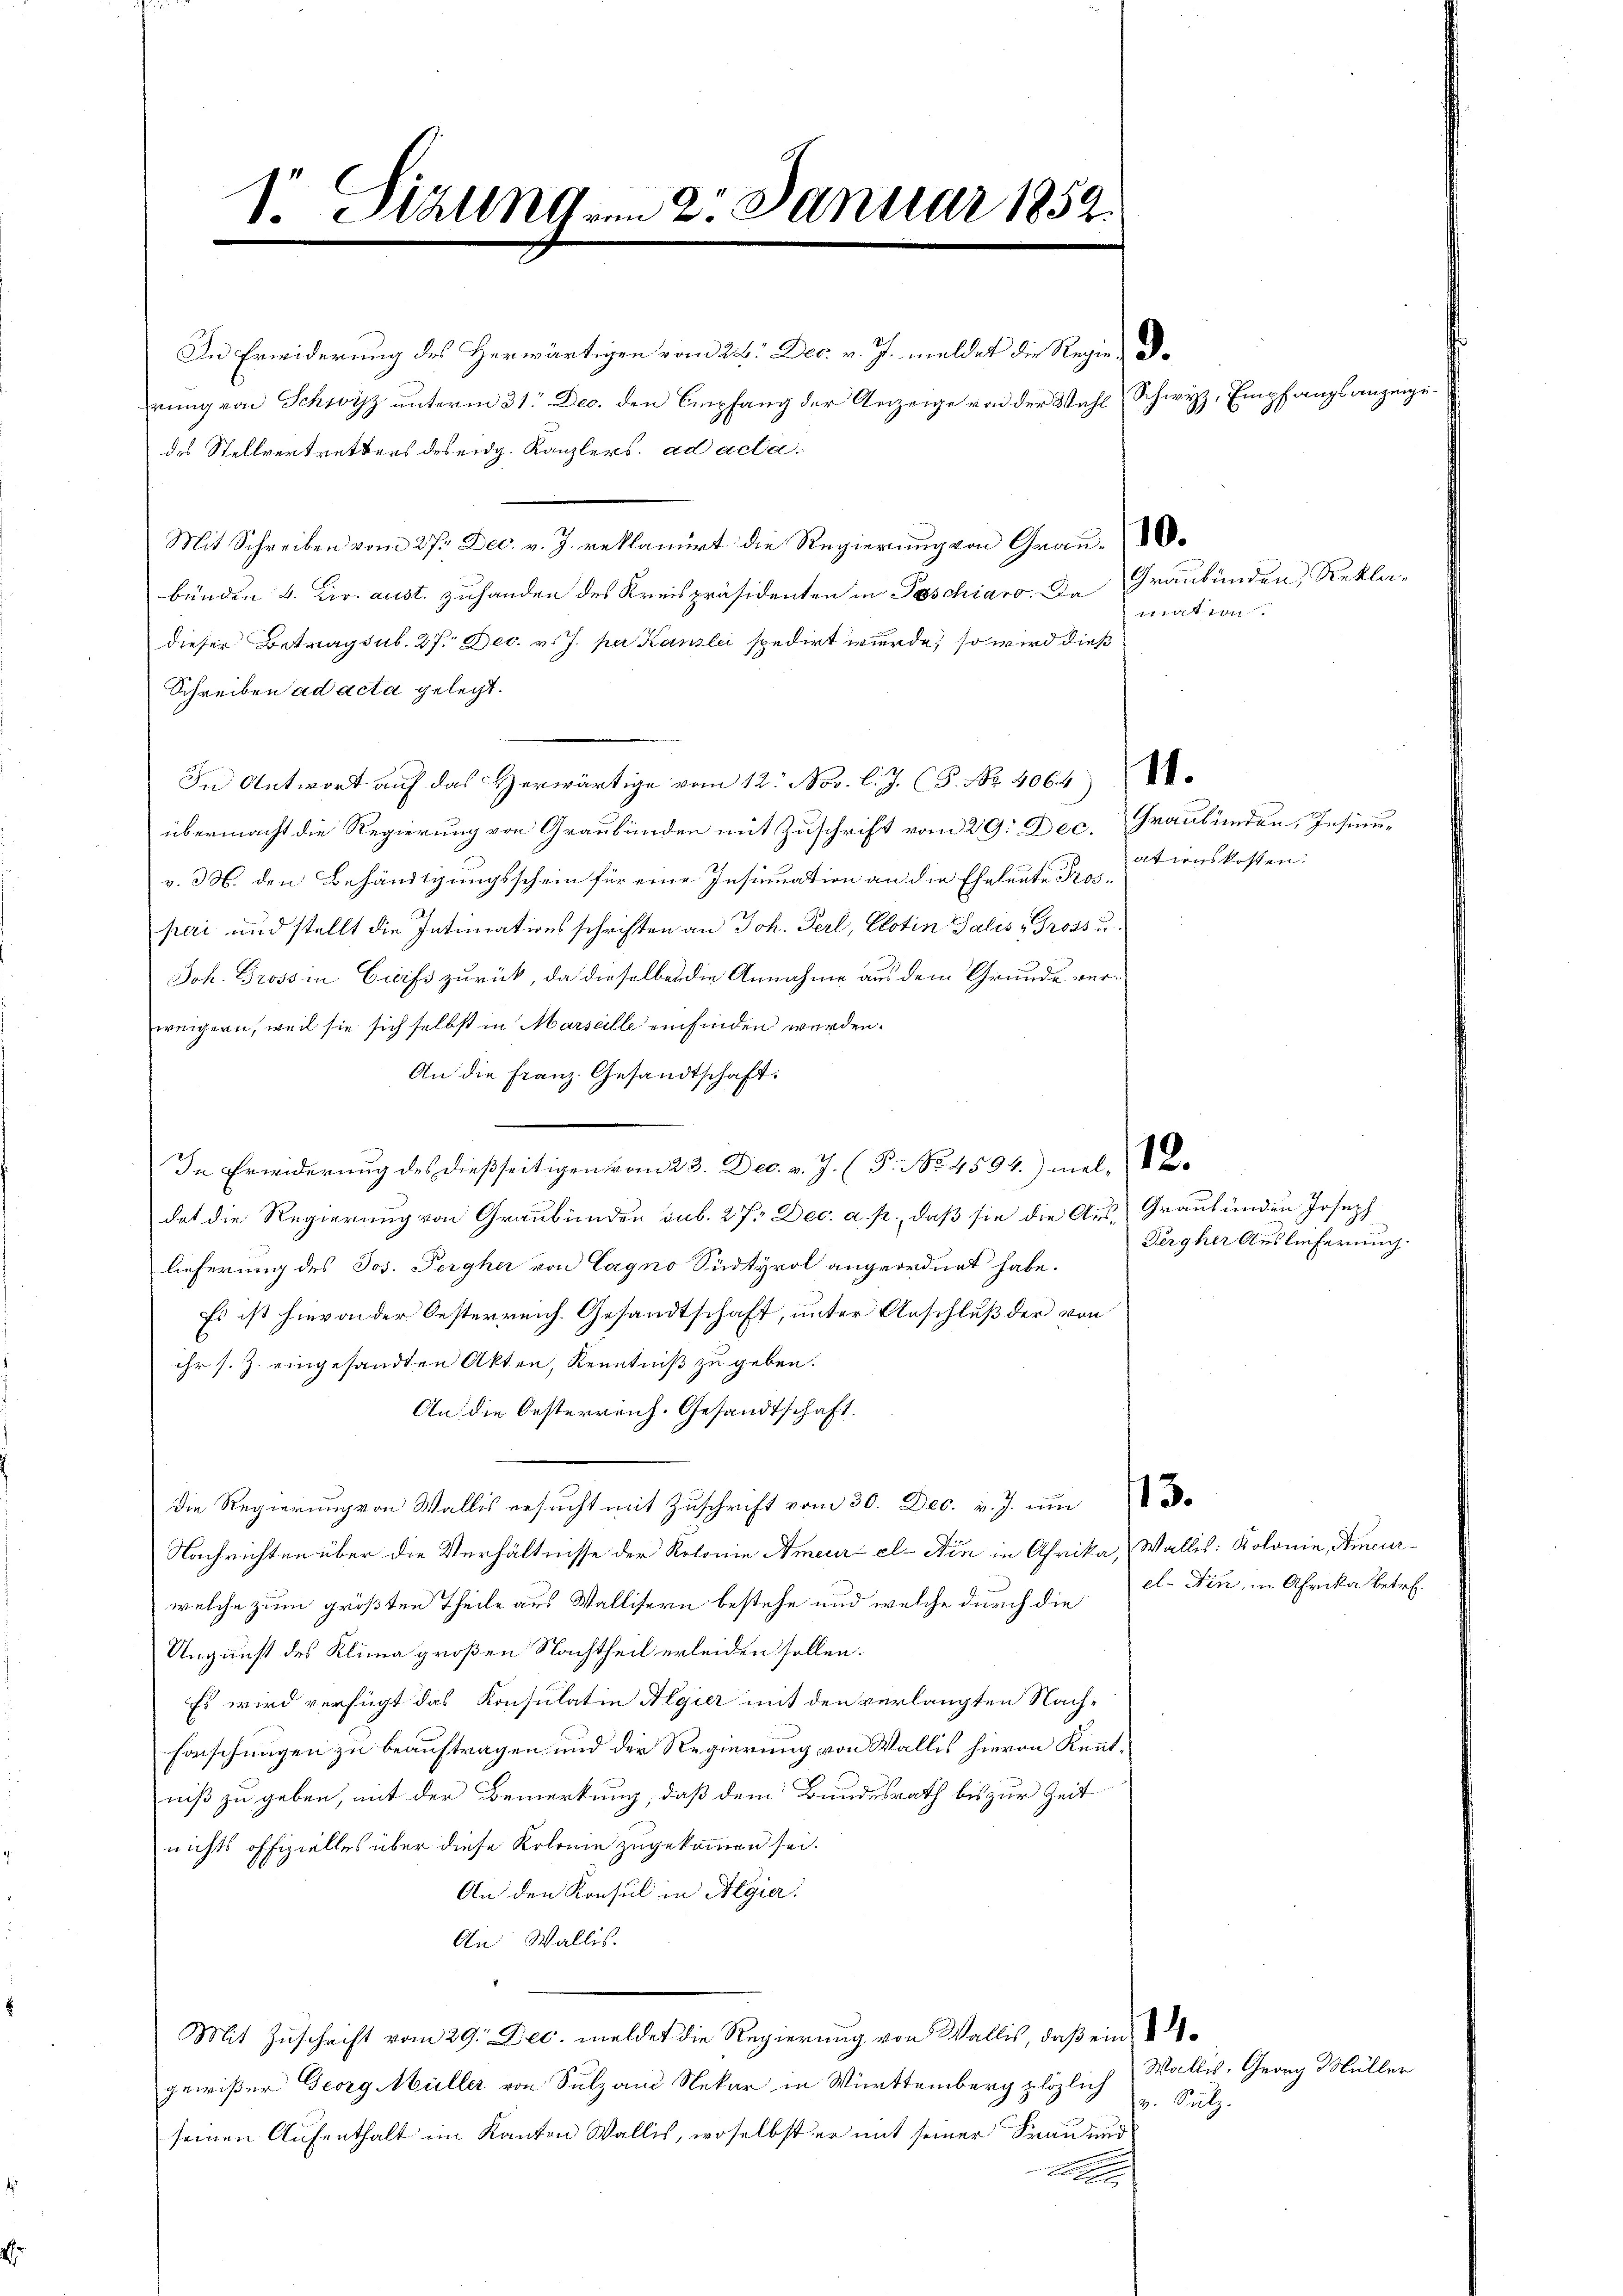
S. Stall vom 2. Januar 1859.

In Erwiderung des Herwärtigen vom 23. Dec. v. J. meldet die Regie-Drung von Schwyz unterm 31. Dec. den Empfang der Anzeige von der Wahl Schwyz, Empfangsanzeigedes Stellvertretters des eidg. Kanzlers, ad acta.
Mit Schreiben vom 27. Dec. v. J. reklamiert die Regierung von Grau-
bünden 4. Fr. aust. zuhanden des Kreispräsidenten in Poschiaro. Da Graubünden, Rekladieser Betragsub. 27. Dec. v. J. per Kanzlei spedirt wurde, so wird dieß
Schreiben ad acta gelegt.
In Antwort auf das Herwärtige vom 12. Nov. l. J. (3. No. 4064).
übermacht die Regierung von Graubünden mit Zuschrift vom 29. Dec. Graubünden, Insinuv. M. den Behändigungsschein für eine Insinuation an die Eheleute Prosperi und stellt die Intimationsschriften an Joh. Perl, Clotin Salis Gross u
Joh. Grossin Creiss zurück, da dieselben die Annahme aus dem Gründe verweigern, weil sie sich selbst in Marseille einfinden werden.
An die Franz. Gesandtschaft.
In Erwiderung des dießseitigen vom 23. Dec. v. J. P. No. 4594) mel
dat die Regierung von Graubünden sub. 27. Dec. a. p., daß sie die Aus Graubünden Joseph
lieferung des Jos. Pergher von Cagno Südtyrol angeordnet habe.
Es ist hievon der Oesterreich. Gesandtschaft, unter Anschluß der von
ihr s. Z. eingesandten Akten, Kenntniß zu geben.
An die Oesterreich. Gesandtschaft.
Die Regierung von Wallis ersucht mit Zuschrift vom 30. Dec. v. J. um
Nachrichten über die Verhältnisse der Kolonie Ameur el- Ain in Afrika, Wallis: Kolonie, Amcurwelche zum größten Theile aus Wallisern bestehe und welche durch die et. Nin, in Afrika betre
Ungunst des Klima großen Nachtheil erleiden sollen.
Es wird verfügt das Konsulatin Algier mit den verlangten Nach-
Forschungen zu beauftragen und der Regierung von Wallis hievon Kenntniß zu geben, mit der Bemerkung, daß dem Bundesrath bis zur Zeit
nichts offizielles über diese Kolonie zugekommen sei.
An den Konsul in Algie.
An Wallis.
Mit Zuschrift vom 29. Dec. meldet die Regierung von Wallis, daß eingewißer Georg Müller von Sulzan Nekar in Württemberg plözlich
v. Sulz
seinen Aufenthalt im Kanton Wallis, woselbst er mit seiner Frau und

11. 1911

ationskosten.

Dergher Auslieferung.

Wallis, Georg Müller